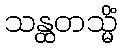
သန္ထတသ္မိံ